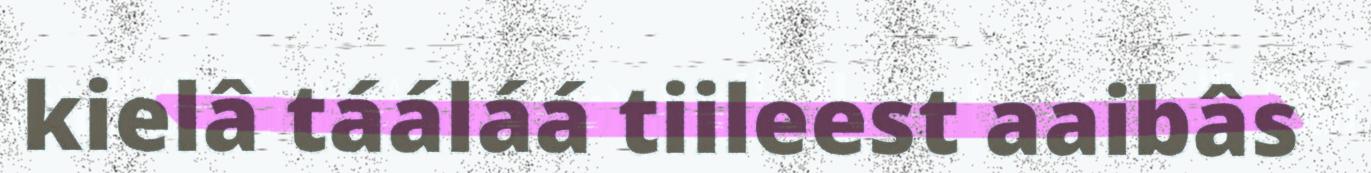
kielâ tááláá tiileest aaibâs